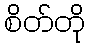
စိတ်တို